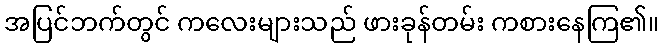
အပြင်ဘက်တွင် ကလေးများသည် ဖားခုန်တမ်း ကစားနေကြ၏။